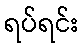
ရပ်ရင်း